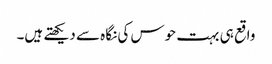
واقع ہی بہت حوس کی نگاہ سے دیکھتے ہیں۔